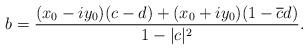
LaTeX: \begin{align*}b = \frac{(x_0-iy_0)(c-d)+(x_0+iy_0)(1-\overline{c}d)}{1-|c|^2}.\end{align*}